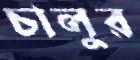
চালুর